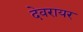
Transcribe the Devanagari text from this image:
देवरायर